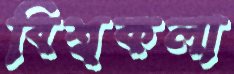
বিশ্বকলা